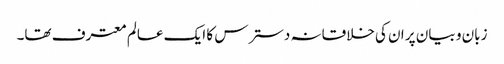
زبان و بیان پر ان کی خلاقانہ دسترس کا ایک عالم معترف تھا۔